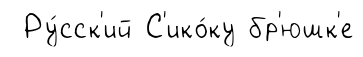
Ру́сск'ий С'ико́ку бр'юшк'е